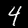
Label: 4